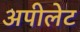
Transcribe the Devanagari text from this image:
अपीलेट